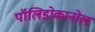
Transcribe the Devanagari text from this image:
पॉलिडोकानोल